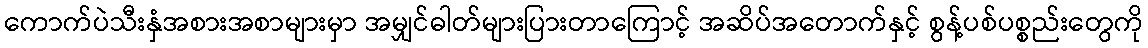
ကောက်ပဲသီးနှံအစားအစာများမှာ အမျှင်ဓါတ်များပြားတာကြောင့် အဆိပ်အတောက်နှင့် စွန့်ပစ်ပစ္စည်းတွေကို